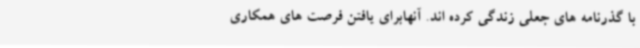
با گذرنامه های جعلی زندگی کرده اند. آنهابرای یافتن فرصت های همکاری